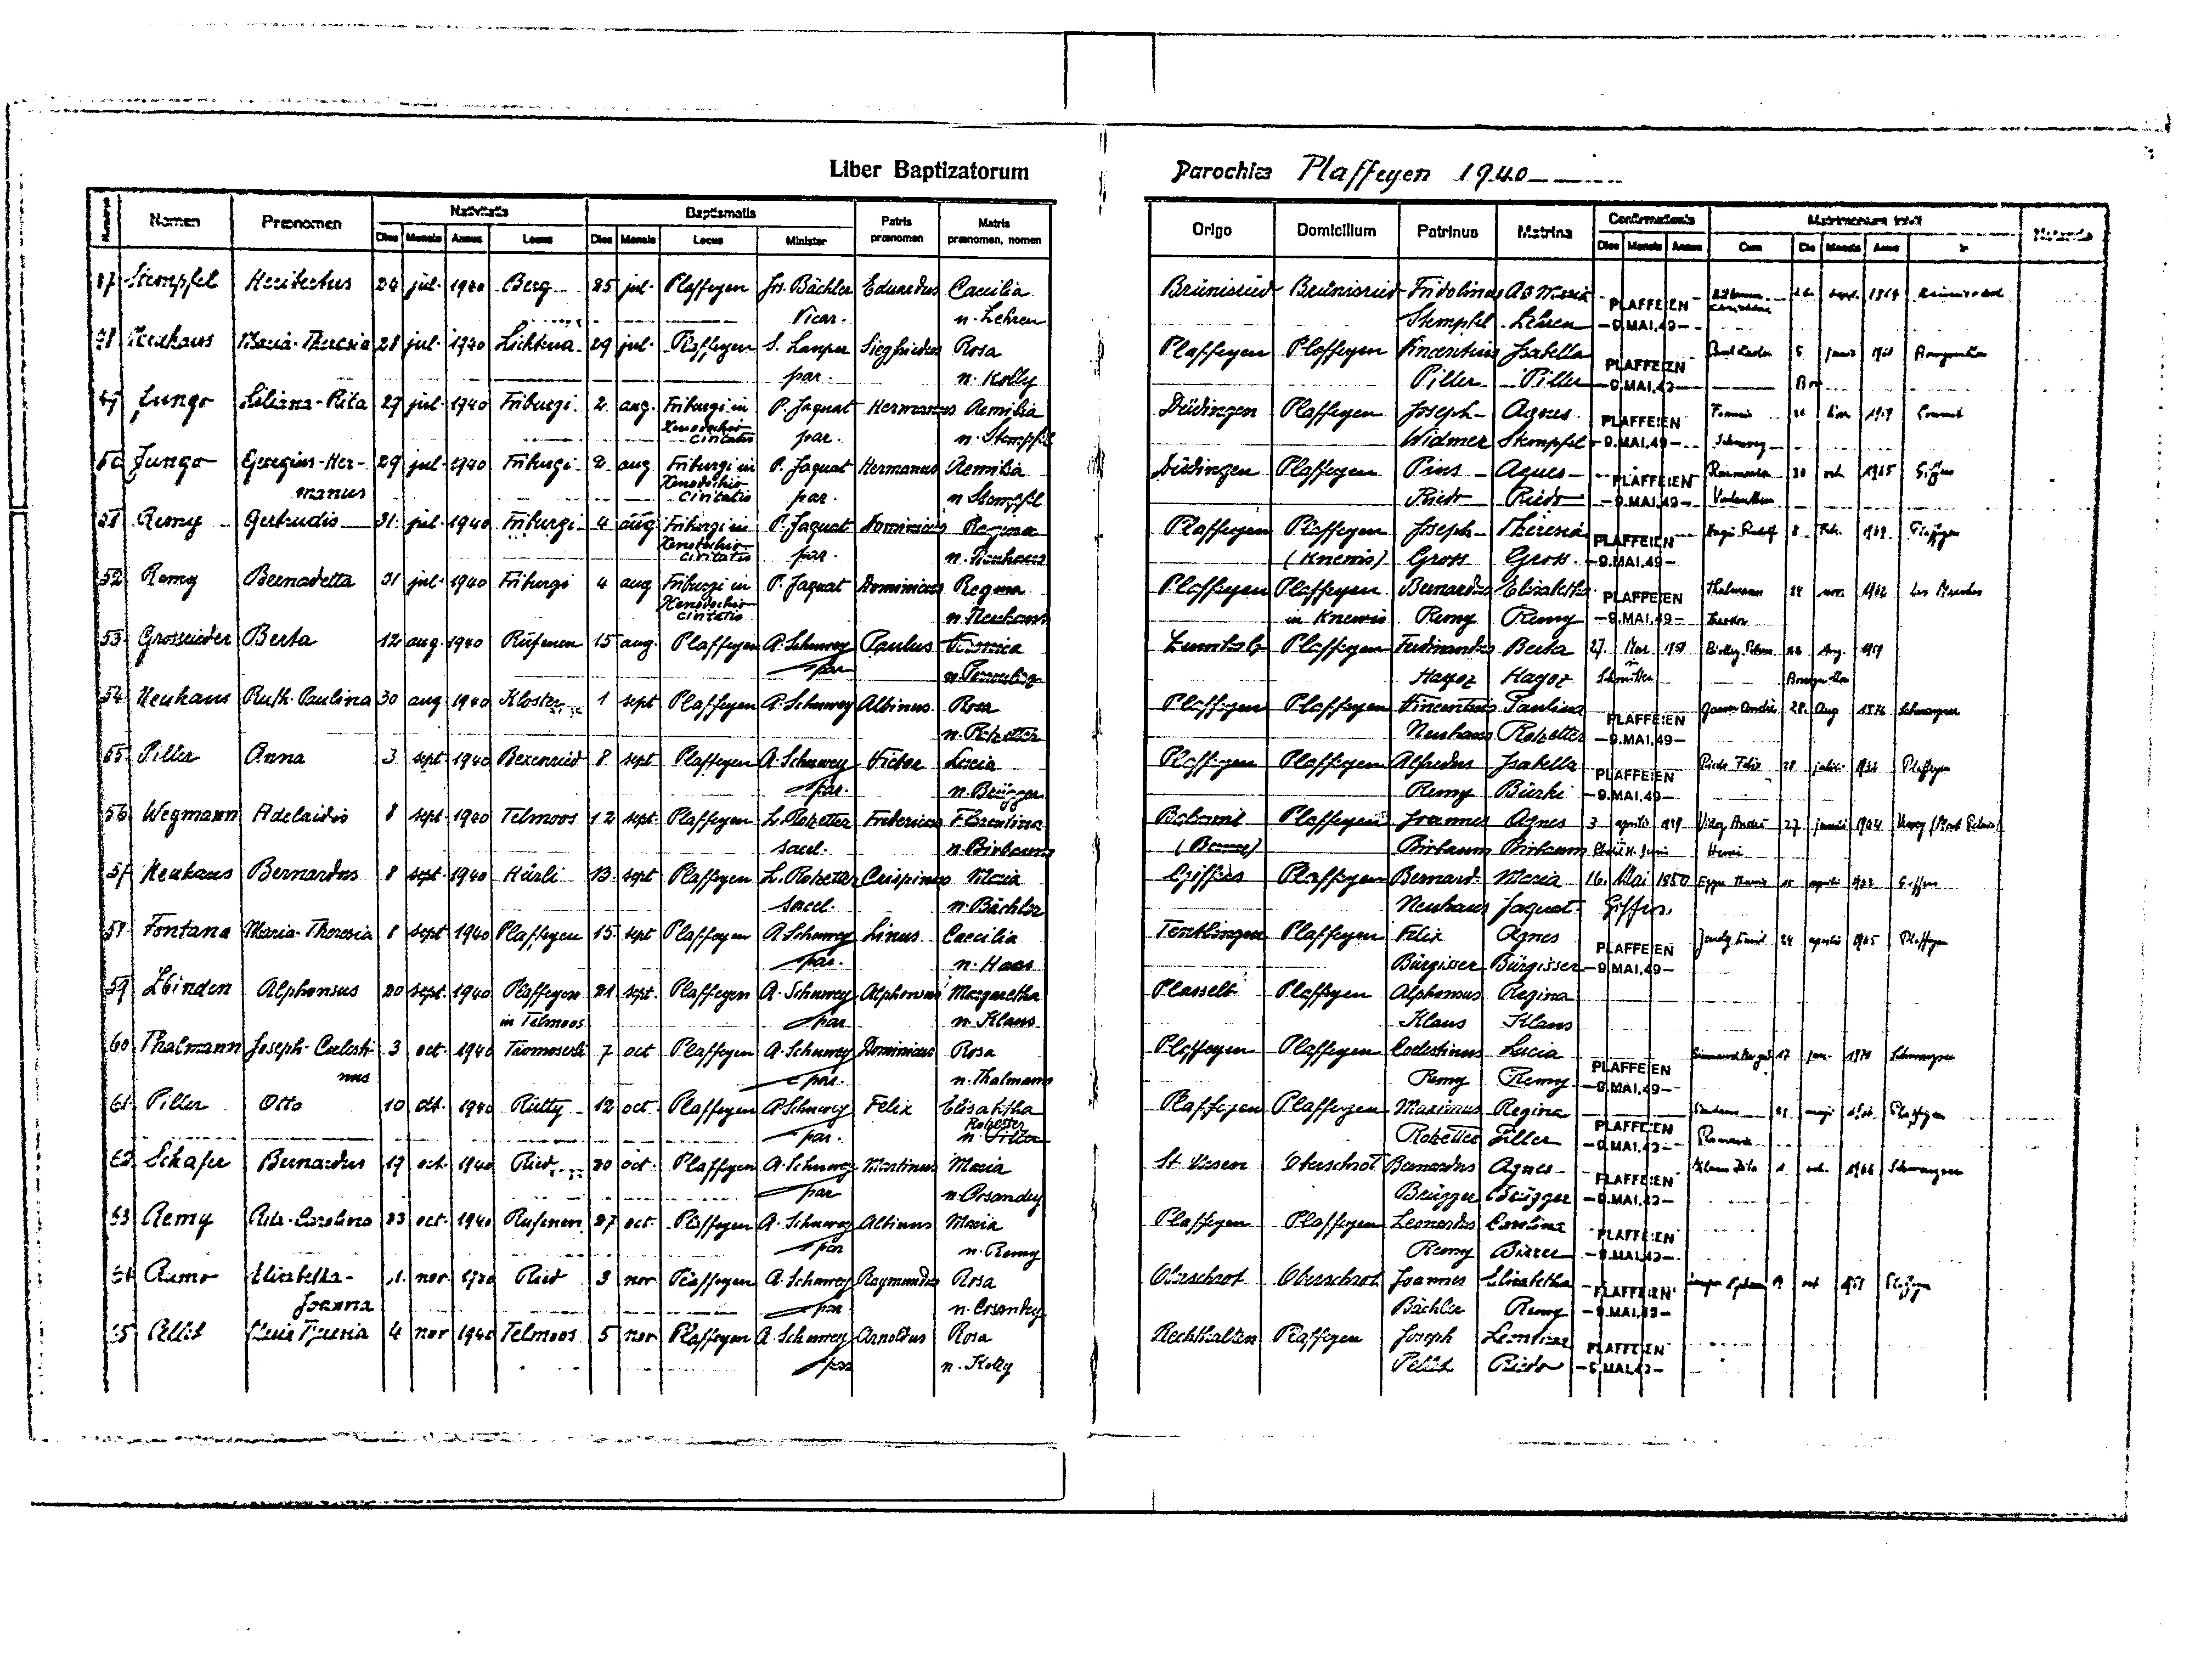
Liber Baptizatorum
Parochiae Plaffeyen 1940
Nativitatis
Baptismatis
Confirmationis
Matrimonium inivit
Patris
Matris
Nomen
Praenomen
Origo Domicilium Patrinus Matrina
Notanda
Dies Mensis Annus
praenomen praenomen, nomen
Dies Mensis
Locus
Minister
Dies Mensis Annus
Cum Dies Mensis Anna
in
47 Stempfel Heribertus 24 jul. 1940 Berg 25 jul. Plaffeyen Jos. Bächler Eduardus Caecilia
Brünisried Brünisried Fridolinus AG Maria
Rüttimann
26. Sept. 1964 Brünisried
PLAFFEIEN Christine
Vicar.
n. Lehren
Stempfhel Lahren -9.MAI.49-
48 Neuhaus Maria-Theresia 28 jul. 1940 Lichtena 29 jul. Plaffeyen S. Lauper Siegfriedus Rosa
Paul Bader 2 junii 1960 Bourguillon
Plaffeyen Plaffeyen Vincenitous Isabella PLAFFEIEN
par.
n. Kolly
Piller Piller -9.MAI.49-
Broc
49. Jungo
Lilana-Rita 29 jul. 1940 Friburgi 2 aug. Friburgi in A. Jaquat Hermanus Aemilia
Düdingen Plaffeyen Joseph Agnes PLAFFEIEN Francis 26 Nov 1959 Cousset
Xenodochio
civitatis
par.
n. Stempfel
Widmer Stempfel -9.MAI.49- Schuwey
50 Jungo Georgius-Her- 29 jul. 1940 Friburgi 2 aug Friburgi in P. Jaquat Hermanns Aemilia Düdingen Plaffeyen Pius Agnes PLAFFEIEN Rosemaria 30 oct. 1965 Giffers
Xenodochio
manus
civitatis par.
n. Stempfel
Riedo Riedo -9.MAI.49- Vonlanten
51 Remy Gertrudis 31 jul. 1940 Friburgi 4 Aug Friburgi in P. Jaquat Dorminicus Regina
Plaffeyen Plaffeyen Joseph Theresia PLAFFEIEN Hagi Rudolf 8 Febr. 1964 Plaffeyen
Xenodochio
Civitatis par.
n. Neuhaus
(Knewis) Gross Gross -9.MAI.49-
52 Remy Bernadeta 31 jul. 1940 Friburgi 4 aug Friburgi in P. Jaquat Dominicus Regina
Plaffeyen Plaffeyen Bernardus Elisabetha PLAFFEIEN Thalmann 23 nov. 1962 Les Marches
Xenodochio
civitatis
in Knewis Remy Remy -9.MAI.49- Theodor
n. Neuhaus
53 Grossrieder Berta 12 aug. 1940 Rufenen 15 aug. Plaffeyen A. Schuwey Paulus Veronica
Zumholz Plaffeyen Ferdinandus Berta 27 Mai 1950 Biolley Peter 22 Aug 1959
par
Hayoz Hayoz Schmitten
Bourguillon
n. Perroulaz
54 Neuhaus Ruth-Paulina 30 aug 1940 Kloster 1 sept Plaffeyen A. Schuwey Albinus Rosa
Plaffeyen Plaffeyen Vincentius Paulina PLAFFEIEN Gasser André 28 Aug 1976 Schwarzsee
n. Rotzetter
Neuhaus Rotzetter -9.MAI.49-
55 Piller
Anna 3 sept. 1940 Bexenried 8 sept Plaffeyen A. Schuwey Victor Lucia
Plaffeyen Plaffeyen Alfonsus Isabella PLAFFEIEN Riedo Felix 28 Juli 1964 Plaffeyen
par.
Remy Bürki -9.MAI.49-
n. Brügger
56 Wegmann Adelaidis 8 sept. 1940 Telmoos 12 sept. Plaffeyen L. Rotzetter Fredericus Florentina
Bachit Plaffeyen Joannnes Agnes 3 aprilis 1949 Vidoz André 27 junii 1964 Remy (Mont Pelerin)
(Bes)
sacel.
Birbaum Birbaum Chatel St. Denis Henri
n. Birbaum
57 Neuhaus Bernardus 8 sept. 1940 Hürli 13 sept Plaffeyen L. Rotzetter Crispinus Maria
Giffers Plaffeyen Bernard. Maria 16 Mai 1950 Egger Theresia 24 aprilis 1965 Giffers
sacel.
Neuhaus Jaquat Giffers
n. Bächler
58 Fontana Maria-Theresia 8 sept 1940 Plaffeyen 15. sept Plaffeyen A. Schuwey Linus Caecilia
Tentlingen Plaffeyen Felix Agnes
Jendy Eamil 24 aprilis 1965 Plaffeyen
PLAFFEIEN
par.
n. Haas
Bürgisser Bürgisser -9.MAI.49-
59 Zbinden Alphonsus 20 sept. 1940 Plaffeyen 21 sept. Plaffeyen A. Schuwey Alphonsus Margaretha
Plasselb Plaffeyen Alphonsus Regina
in Telmos
n. Klaus
par
Klaus Klaus
60 Thalmann Joseph-Caelesti- 3 oct. 1940 Tromoserli 7 oct Plaffeyen A. Schuwey Dominicus Rosa
Plaffeyen Plaffeyen Caelestinus Lucia PLAFFEIEN
Sirant Margrit 17 jan 1978 Schwarzsee
nus
n. Thalmann
par.
Remy Remy -9.MAI.49-
61 Piller Otto
10 oct. 1940 Rütty 12 oct. Plaffeyen A. Schuwey Felix Elisabetha
Plaffeyen Plaffeyen Maximus Regina
Neuhaus 21 maj. 1966 Plaffeyen
Rotzetter
PLAFFEIEN
par.
n. Piller
Rosmarie
Rotzetter Piller -9.MAI.49-
62. Schafer Bernardus 19 oct. 1940 Ried 20 oct. Plaffeyen A. Schuwey Martinus Maria
St. Ursen Oberschrot Bernardus Agnes
Klaus Zita 1 oct. 1964 Schwarzsee
PLAFFEIEN
par
n. Cosandey
Brügger Brügger -9.MAI.49-
63. Remy Rita-Carolina 23 oct. 1940 Rufenen 27 oct. Plaffeyen A. Schuwey Albinus Maria
Plaffeyen Plaffeyen Leonardus Carolina PLAFFEIEN
par
n. Remy
Remy Birrer -9.MAI.49-
64 Rumo Elisabetha- 1 nov. 1940 Ried 3 nov Plaffeyen A. Schuwey Raymundus Rosa
Oberschrot Oberschrot Joannes Elisabetha PLAFFEIEN
Lauper Alphons 14 oct 1964 Plaffeyen
Joanna
n. Cosandey
Bächler Remy -9.MAI.49-
par
65 Pellet Maria-Theresia 4 nov 1940 Telmoos 5 nov Plaffeyen A. Schuwey Arnoldus Rosa
Rechthalten Plaffeyen Joseph Leontina PLAFFEIEN
n. Kolly
Pellet Riedo -9.MAI.49-
par